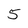
Character: 5